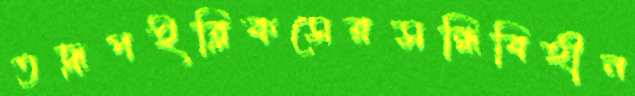
তদ্রূপইব্লিকসেরসন্ধিবিহীন